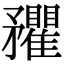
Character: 𥎡